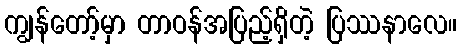
ကျွန်တော့်မှာ တာဝန်အပြည့်ရှိတဲ့ ပြဿနာလေ။